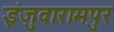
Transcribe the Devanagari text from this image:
इंजुवारामपुर